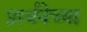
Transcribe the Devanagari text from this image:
प्रार्थनेच्या